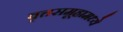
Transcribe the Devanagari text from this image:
वृत्तसमूहामध्ये